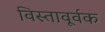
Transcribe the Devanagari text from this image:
विस्तावूर्वक